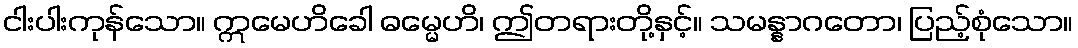
ငါးပါးကုန်သော။ ဣမေဟိခေါ ဓမ္မေဟိ၊ ဤတရားတို့နှင့်။ သမန္နာဂတော၊ ပြည့်စုံသော။